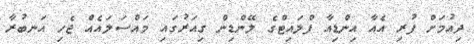
ދިއުމަށް ފުރި އެއާ އިންޑިއާ ފްލައިޓްގެ ލޭންޑިން ގިއަރުގައި މައްސަލައެއް ޖެހި އަނބުރާ